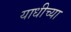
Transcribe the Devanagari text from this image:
याधीच्या